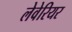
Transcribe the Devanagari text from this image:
लेवेरियर